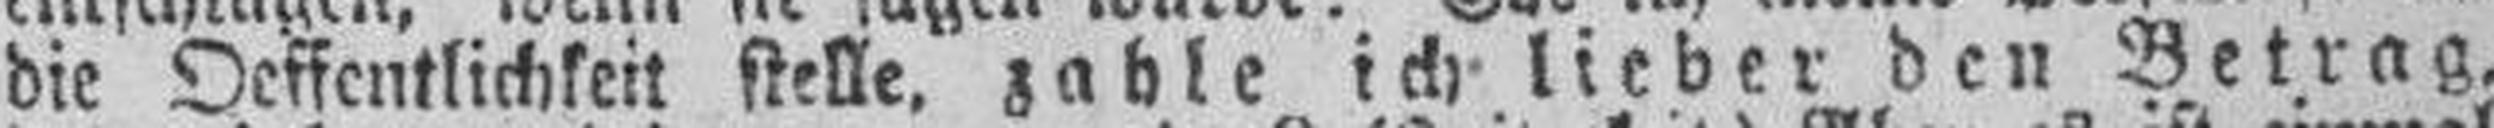
die Oeffentlichkeit stelle, zahle ich lieber den Betrag,